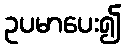
ဥပမာပေး၍